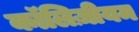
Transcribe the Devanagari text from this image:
कॉलिज़ीयम